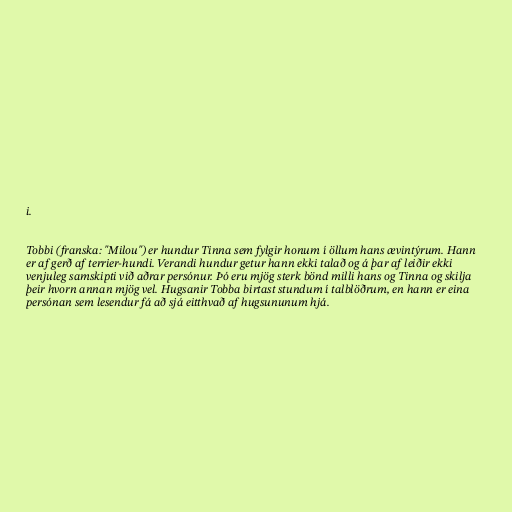
i.

Tobbi (franska: "Milou") er hundur Tinna sem fylgir honum í öllum hans ævintýrum. Hann
er af gerð af terrier-hundi. Verandi hundur getur hann ekki talað og á þar af leiðir ekki
venjuleg samskipti við aðrar persónur. Þó eru mjög sterk bönd milli hans og Tinna og skilja
þeir hvorn annan mjög vel. Hugsanir Tobba birtast stundum í talblöðrum, en hann er eina
persónan sem lesendur fá að sjá eitthvað af hugsununum hjá.